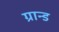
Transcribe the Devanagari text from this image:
ग्रान्ड